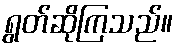
ရွတ်ဆိုကြသည်။